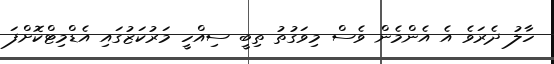
ހާލު ދެރަވެ އެ އެންމެން ވެސް މިވަގުތު ތިބީ ސިއްހީ މަރުކަޒުގައި އެޑްމިޓްކޮށްފަ